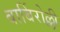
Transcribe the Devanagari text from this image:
बार्बिरोल्ली